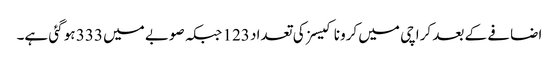
اضافے کے بعد کراچی میں کرونا کیسز کی تعداد 123 جبکہ صوبے میں 333 ہو گئی ہے۔